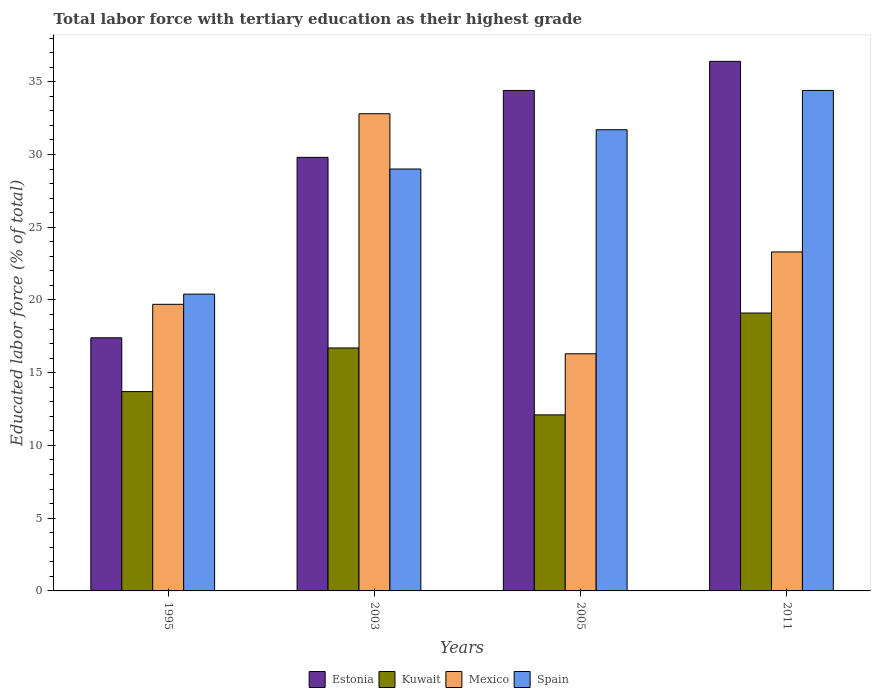
| Years | Estonia | Kuwait | Mexico | Spain |
 | --- | --- | --- | --- | --- |
 | 1995 | 17.4 | 13.7 | 19.7 | 20.4 |
 | 2003 | 29.8 | 16.7 | 32.8 | 29 |
 | 2005 | 34.4 | 12.1 | 16.3 | 31.7 |
 | 2011 | 36.4 | 19.1 | 23.3 | 34.4 |